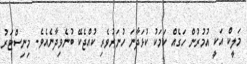
މަލީކް އަކީ އުމުރުން ހަގެއް ކަމަކު ކުޅަދާނަ ހުނަރުވެރި ކުއްޖެކޭ ބުނެވިދާނެއެވެ. މިނިސްޓަރު